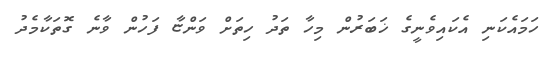
ހަމައެކަނި އެކައިވެނީގެ ޚަބަރުން މިހާ ތަދު ހިތަށް ވަންޏާ ފަހުން ވާނެ ގޮތަކާމެދު